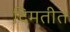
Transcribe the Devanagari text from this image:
दिमतीत